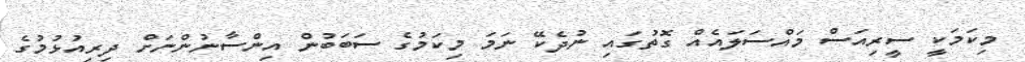
މިކަމަކީ ސީރިއަސް މައްސަލައެއް ގޮތުގައި ނުދެކޭ ނަމަ މިކަމުގެ ސަބަބުން އިންސާނުންނަށް ދިރިއުޅުމުގެ